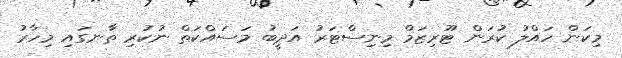
މިކަން ހައްލު ކުރަން ޓޫރިޒަމް މިނިސްޓަރު އަދީބު މަސައްކަތް ނުކުރި ތާނގައި މިހާރު